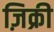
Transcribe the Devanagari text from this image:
ज़िक्री